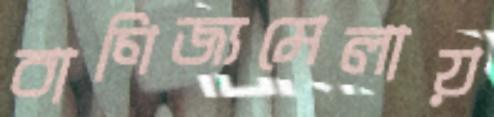
বাণিজ্যমেলায়